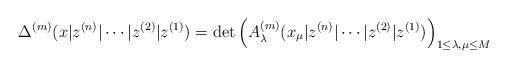
LaTeX: \begin{align*}\Delta^{(m)}(x| z^{(n)} | \cdots |z^{(2)} | z^{(1)})=\det \left( A_{\lambda }^{(m)}(x_{\mu}| z^{(n)} | \cdots |z^{(2)} | z^{(1)}) \right) _{1\leq \lambda , \mu \leq M}\end{align*}